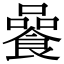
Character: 𩜻